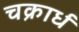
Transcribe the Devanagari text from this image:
चक्रार्ध